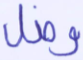
وضل